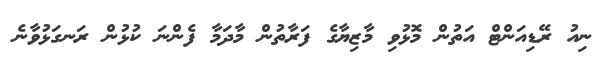
ނިއު ރޭޑިއަންޓް އަތުން މޮޅުވި މާޒިޔާގެ ފަރާތުން މާދަމާ ފެންނަ ކުޅުން ރަނގަޅުވާނެ